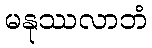
မနုဿလာဘံ